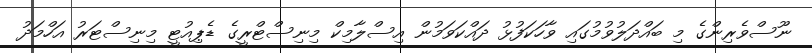
ނޫސްވެރިންގެ މި ބައްދަލުވުމުގައި ވާހަކަފުޅު ދައްކަވަމުން އިސްލާމިކް މިނިސްޓްރީގެ ޑެޕިއުޓީ މިނިސްޓަރު އަހްމަދު